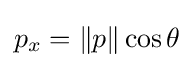
p_{x}=\|p\|\cos \theta